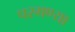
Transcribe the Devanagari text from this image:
परगण्या